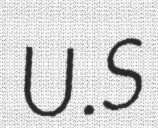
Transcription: U.S